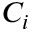
C _ { i }